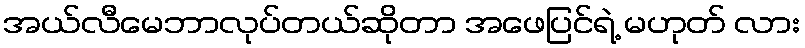
အယ်လီမေဘာလုပ်တယ်ဆိုတာ အဖေပြင်ရဲ့ မဟုတ် လား